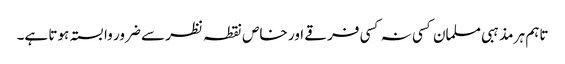
تاہم ہر مذہبی مسلمان کسی نہ کسی فرقے اور خاص نقطہ نظر سے ضرور وابستہ ہوتا ہے۔